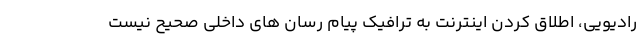
رادیویی، اطلاق کردن اینترنت به ترافیک پیام رسان های داخلی صحیح نیست